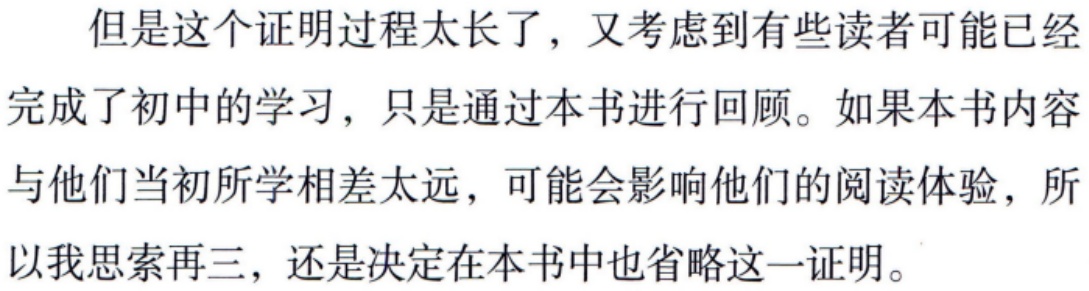
但是这个证明过程太长了，又考虑到有些读者可能已经完成了初中的学习，只是通过本书进行回顾。如果本书内容与他们当初所学相差太远，可能会影响他们的阅读体验，所以我思索再三，还是决定在本书中也省略这一证明。